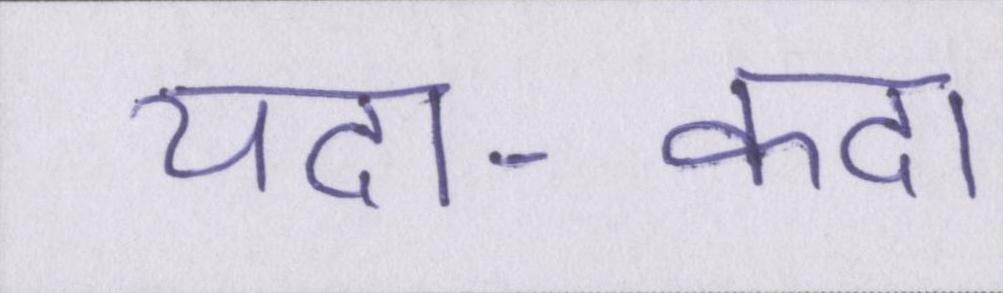
यदा-कदा